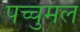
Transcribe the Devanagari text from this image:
पच्चुमल